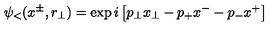
\psi _ { < } ( x ^ { \pm } , r _ { \perp } ) = \exp i \left[ p _ { \perp } x _ { \perp } - p _ { + } x ^ { - } - p _ { - } x ^ { + } \right]